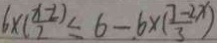
6 \times ( \frac { x - 2 ) } { 2 } \leq 6 - 6 \times ( \frac { 7 - 2 x } { 3 } )